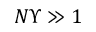
N \Upsilon \gg 1